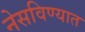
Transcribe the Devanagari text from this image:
नेसविण्यात